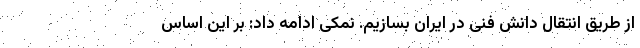
از طریق انتقال دانش فنی در ایران بسازیم. نمکی ادامه داد: بر این اساس